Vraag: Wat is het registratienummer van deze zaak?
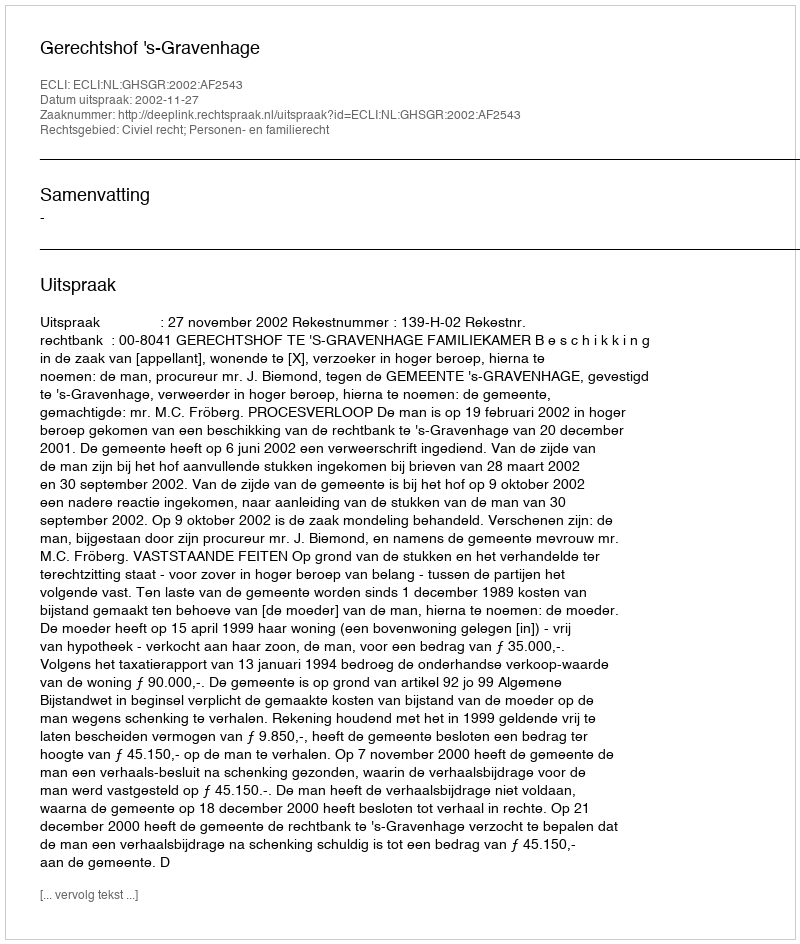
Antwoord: http://deeplink.rechtspraak.nl/uitspraak?id=ECLI:NL:GHSGR:2002:AF2543